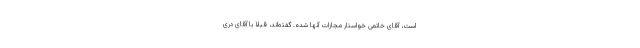
است، آقاى خاتمى خواستار مجازات آنها شده. گفته‌اند، قبلا با آقاى درى